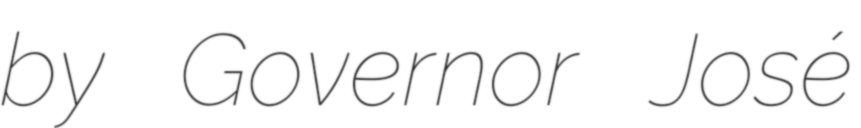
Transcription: by Governor José